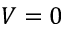
V = 0